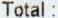
TOTAL :